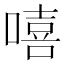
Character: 嘻